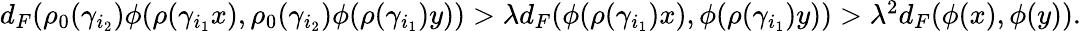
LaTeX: \begin{array}{r}{d_{F}(\rho_{0}(\gamma_{i_{2}})\phi(\rho(\gamma_{i_{1}}x),\rho_{0}(\gamma_{i_{2}})\phi(\rho(\gamma_{i_{1}})y))>\lambda d_{F}(\phi(\rho(\gamma_{i_{1}})x),\phi(\rho(\gamma_{i_{1}})y))>\lambda^{2}d_{F}(\phi(x),\phi(y)).}\end{array}